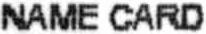
NAME CARD